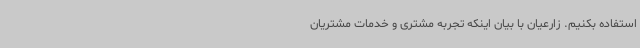
استفاده بکنیم. زارعیان با بیان اینکه تجربه مشتری و خدمات مشتریان